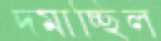
দমাচ্ছিল